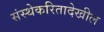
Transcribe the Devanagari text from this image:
संस्थेकरितादेखील